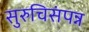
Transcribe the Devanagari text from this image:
सुरुचिसंपन्न